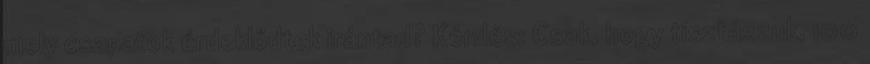
mely csapatok érdeklődtek irántad? Kérdés: Csak, hogy tisztázzuk, 100